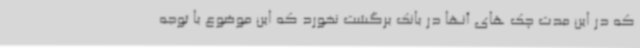
که در این مدت چک های آنها در بانک برگشت نخورد که این موضوع با توجه